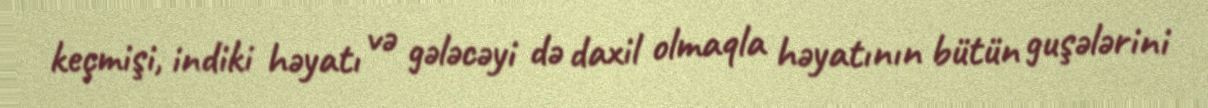
keçmişi, indiki həyatı və gələcəyi də daxil olmaqla həyatının bütün guşələrini